Civil Veterinary Dept. North-West Frontier Province 1933-46 - 1933-1946
Year: 1933
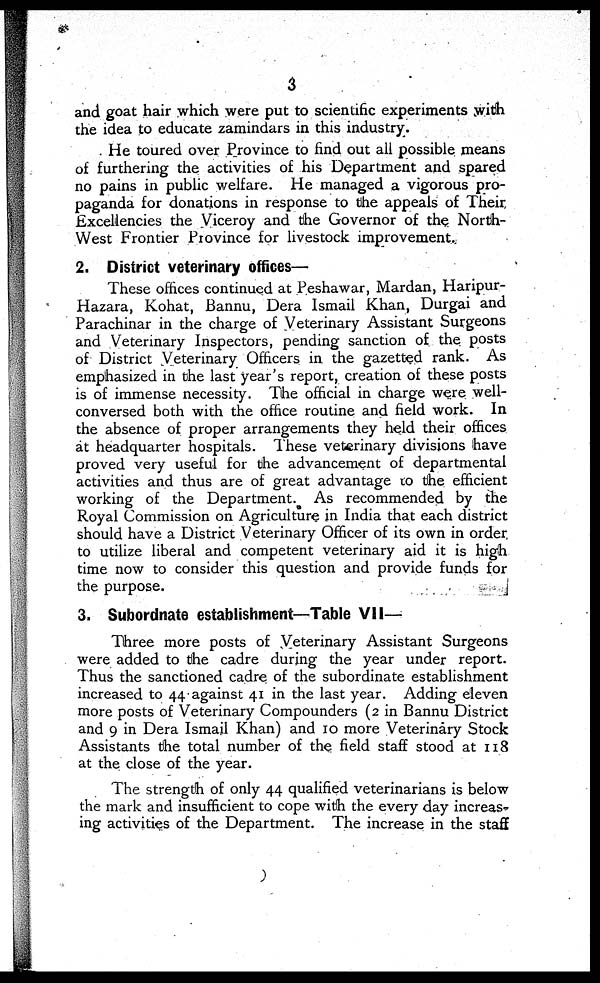
3
and goat hair which were put to scientific experiments with
the idea to educate zamindars in this industry.
He toured over Province to find out all possible means
of furthering the activities of his Department and spared
no pains in public welfare. He managed a vigorous pro-
paganda for donations in response to the appeals of Their
Excellencies the Viceroy and the Governor of the North-
West Frontier Province for livestock improvement.
2. District veterinary offices—
These offices continued at Peshawar, Mardan, Haripur-
Hazara, Kohat, Bannu, Dera Ismail Khan, Durgai and
Parachinar in the charge of Veterinary Assistant Surgeons
and Veterinary Inspectors, pending sanction of the posts
of District Veterinary Officers in the gazetted rank. As
emphasized in the last year's report, creation of these posts
is of immense necessity. The official in charge were well-
conversed both with the office routine and field work. In
the absence of proper arrangements they held their offices
at headquarter hospitals. These veterinary divisions have
proved very useful for the advancement of departmental
activities and thus are of great advantage to the efficient
working of the Department. As recommended by the
Royal Commission on Agriculture in India that each district
should have a District Veterinary Officer of its own in order
to utilize liberal and competent veterinary aid it is high
time now to consider this question and provide funds for
the purpose.
3. Subordnate establishment—Table VII—
Three more posts of Veterinary Assistant Surgeons
were added to the cadre during the year under report.
Thus the sanctioned cadre of the subordinate establishment
increased to 44 against 41 in the last year. Adding eleven
more posts of Veterinary Compounders (2 in Bannu District
and 9 in Dera Ismail Khan) and 10 more Veterinary Stock
Assistants the total number of the field staff stood at 118
at the close of the year.
The strength of only 44 qualified veterinarians is below
the mark and insufficient to cope with the every day increas-
ing activities of the Department. The increase in the staff